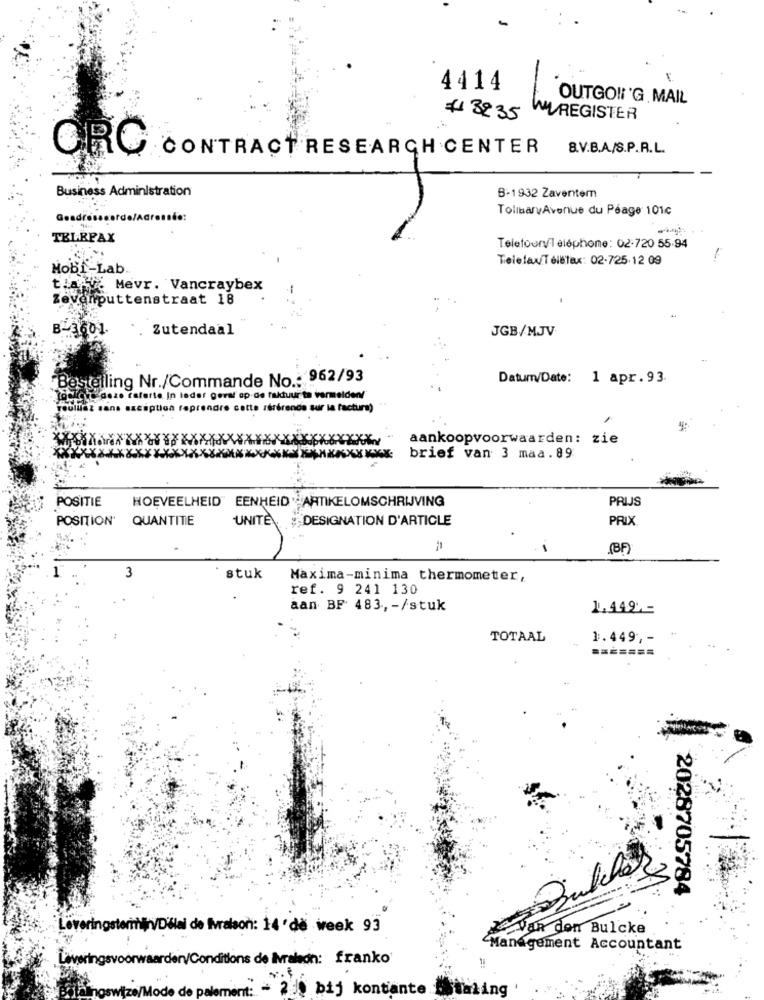
4414
OUTGOING MAIL
€32.35
WUREGISTER
B.V.B.A./S.P.R.L.
GRO CONTRACT RESEARCH CENTER
Business Administration
B-1932 Zaventem
TollbaryAvenue du Péage 101c
TELEFAX
Telefoon/1 eléphone: 02-720 55-94
TelefaxTéléfax: 02-725.12 09
Mobi-Lab.
t.a . Mevr. Vancraybex
Zevenputtenstraat 18
B-3601.
Zutendaal
JGB/MJV
Bestelling Nr./Commande No .: 962/93
Datum/Date: 1 apr.93.
20 caferte In leder geral'ap-de faktuur ta vermelden!"
sans exception reprendre cette référence sur la factura)
xxx
aankoopvoorwaarden: zie
brief van 3 maa.89
POSITIE
HOEVEELHEID" EENHEID ARTIKELOMSCHRIJVING
PRIJS
POSITION' QUANTITE
UNITE
DESIGNATION D'ARTICLE
PRIX
(B)
3
stuk
Maxima-minima thermometer,
ref. 9 241 130
aan BF 483, - /stuk
1.449 .-
TOTAAL
1.449, -
=======
2028705784
stermin/Délai de fvraison: 14 'de week 93
WaR den Bulcke
Management Accountant
Leveringsvoorwaarden/Conditions de Irakon: franko
/Mode de palement:
= 230 bij kontante Estaling